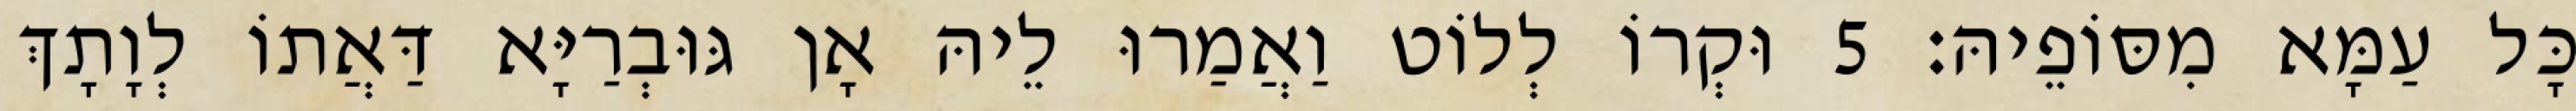
כָּל עַמָּא מִסּוֹפֵיהּ׃ 5 וּקְרוֹ לְלוֹט וַאֲמַרוּ לֵיהּ אָן גּוּבְרַיָּא דַּאֲתוֹ לְוָתָךְ